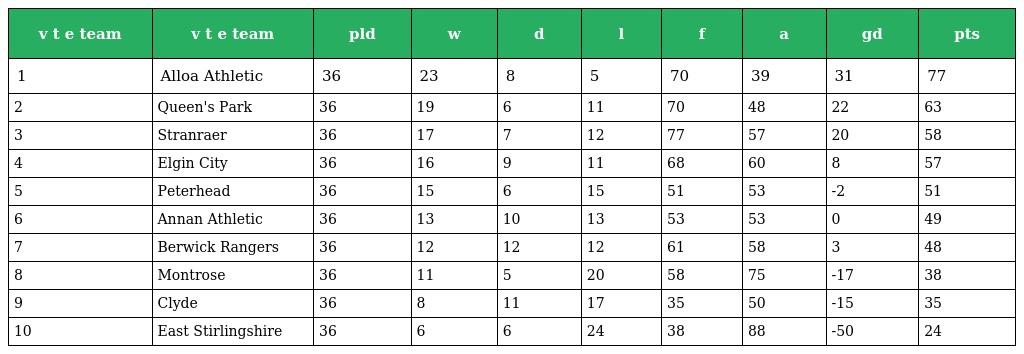
| v t e team | v t e team | pld | w | d | l | f | a | gd | pts |
 | --- | --- | --- | --- | --- | --- | --- | --- | --- | --- |
 | 1 | Alloa Athletic | 36 | 23 | 8 | 5 | 70 | 39 | 31 | 77 |
 | 2 | Queen's Park | 36 | 19 | 6 | 11 | 70 | 48 | 22 | 63 |
 | 3 | Stranraer | 36 | 17 | 7 | 12 | 77 | 57 | 20 | 58 |
 | 4 | Elgin City | 36 | 16 | 9 | 11 | 68 | 60 | 8 | 57 |
 | 5 | Peterhead | 36 | 15 | 6 | 15 | 51 | 53 | -2 | 51 |
 | 6 | Annan Athletic | 36 | 13 | 10 | 13 | 53 | 53 | 0 | 49 |
 | 7 | Berwick Rangers | 36 | 12 | 12 | 12 | 61 | 58 | 3 | 48 |
 | 8 | Montrose | 36 | 11 | 5 | 20 | 58 | 75 | -17 | 38 |
 | 9 | Clyde | 36 | 8 | 11 | 17 | 35 | 50 | -15 | 35 |
 | 10 | East Stirlingshire | 36 | 6 | 6 | 24 | 38 | 88 | -50 | 24 |